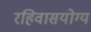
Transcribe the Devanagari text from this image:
रहिवासयोग्य